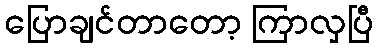
ပြောချင်တာတော့ ကြာလှပြီ